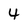
Character: 4